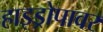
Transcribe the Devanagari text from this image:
हाइड्रोपावर